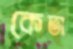
কেতা